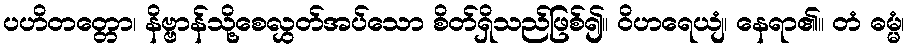
ပဟိတတ္တော၊ နိဗ္ဗာန်သို့စေလွှတ်အပ်သော စိတ်ရှိသည်ဖြစ်၍။ ဝိဟရေယျံ၊ နေရာ၏။ တံ ဓမ္မံ၊